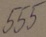
Text: 555